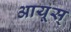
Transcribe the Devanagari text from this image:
आयूस्‌